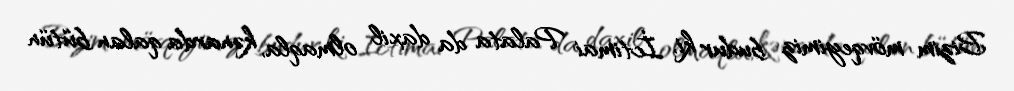
Bizim mövqeyimiz budur ki, İctimai Palata da daxil olmaqla, kənarda qalan bütün